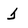
Character: J